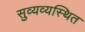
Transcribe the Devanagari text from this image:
सुव्यव्यस्थित